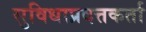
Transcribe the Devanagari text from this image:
सुविधाप्रदत्तकर्ता